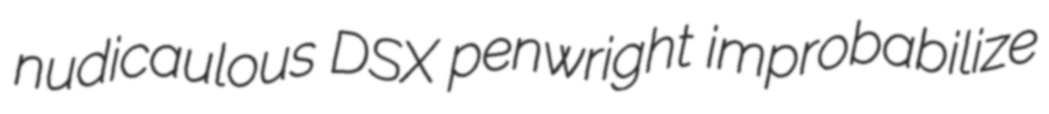
nudicaulous DSX penwright improbabilize